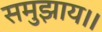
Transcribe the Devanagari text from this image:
समुझाय।।